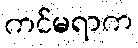
ကင်မရာက